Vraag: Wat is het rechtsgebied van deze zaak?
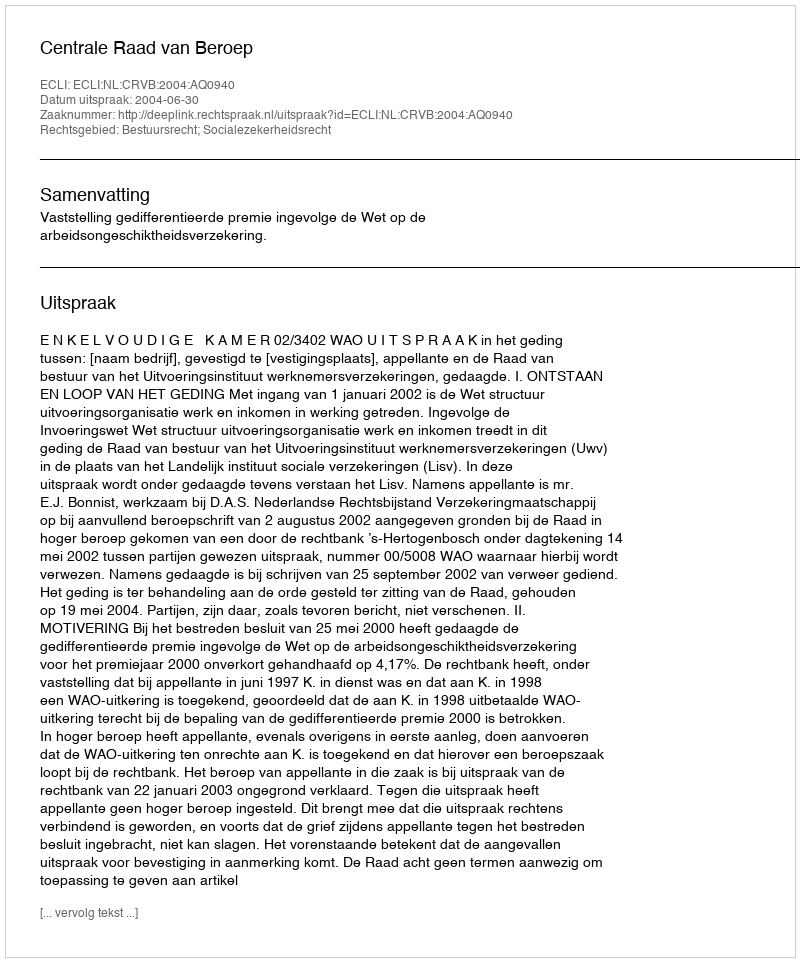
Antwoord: Bestuursrecht; Socialezekerheidsrecht